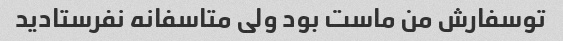
تو‌سفارش من ماست بود ولی متاسفانه نفرستادید